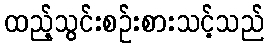
ထည့်သွင်းစဉ်းစားသင့်သည်